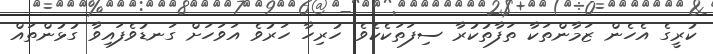
ކުރީގެ އެހެން ޒަމާންތަކާ ތަފާތުކުރާ ސިފަތަކެކެވެ. ހުރިހާ ހަރުވެ އަވަހަށް ގަނޑުވެފައިވާ ގުޅުންތައް